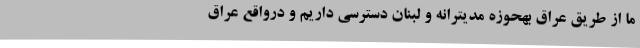
ما از طریق عراق بهحوزه مدیترانه و لبنان دسترسی داریم و درواقع عراق